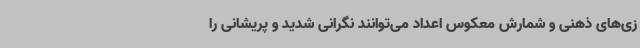
زی‌های ذهنی و شمارش معکوس اعداد می‌توانند نگرانی شدید و پریشانی را